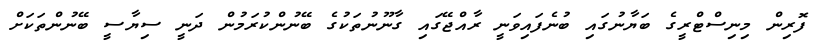
ފޮރިން މިނިސްޓްރީގެ ބަޔާނުގައި ބުނެފައިވަނީ ރާއްޖޭގައި ގާނޫނުތަކުގެ ބޭނުންކުރަމުން ދަނީ ސިޔާސީ ބޭނުންތަކަށް